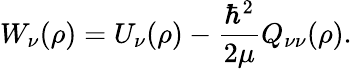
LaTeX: W_{\nu}(\rho)=U_{\nu}(\rho)-\frac{\hbar^{2}}{2\mu}Q_{\nu\nu}(\rho).